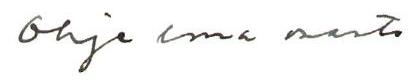
Ohjelmaosasto